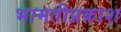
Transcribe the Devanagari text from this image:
भामतीप्रकाश